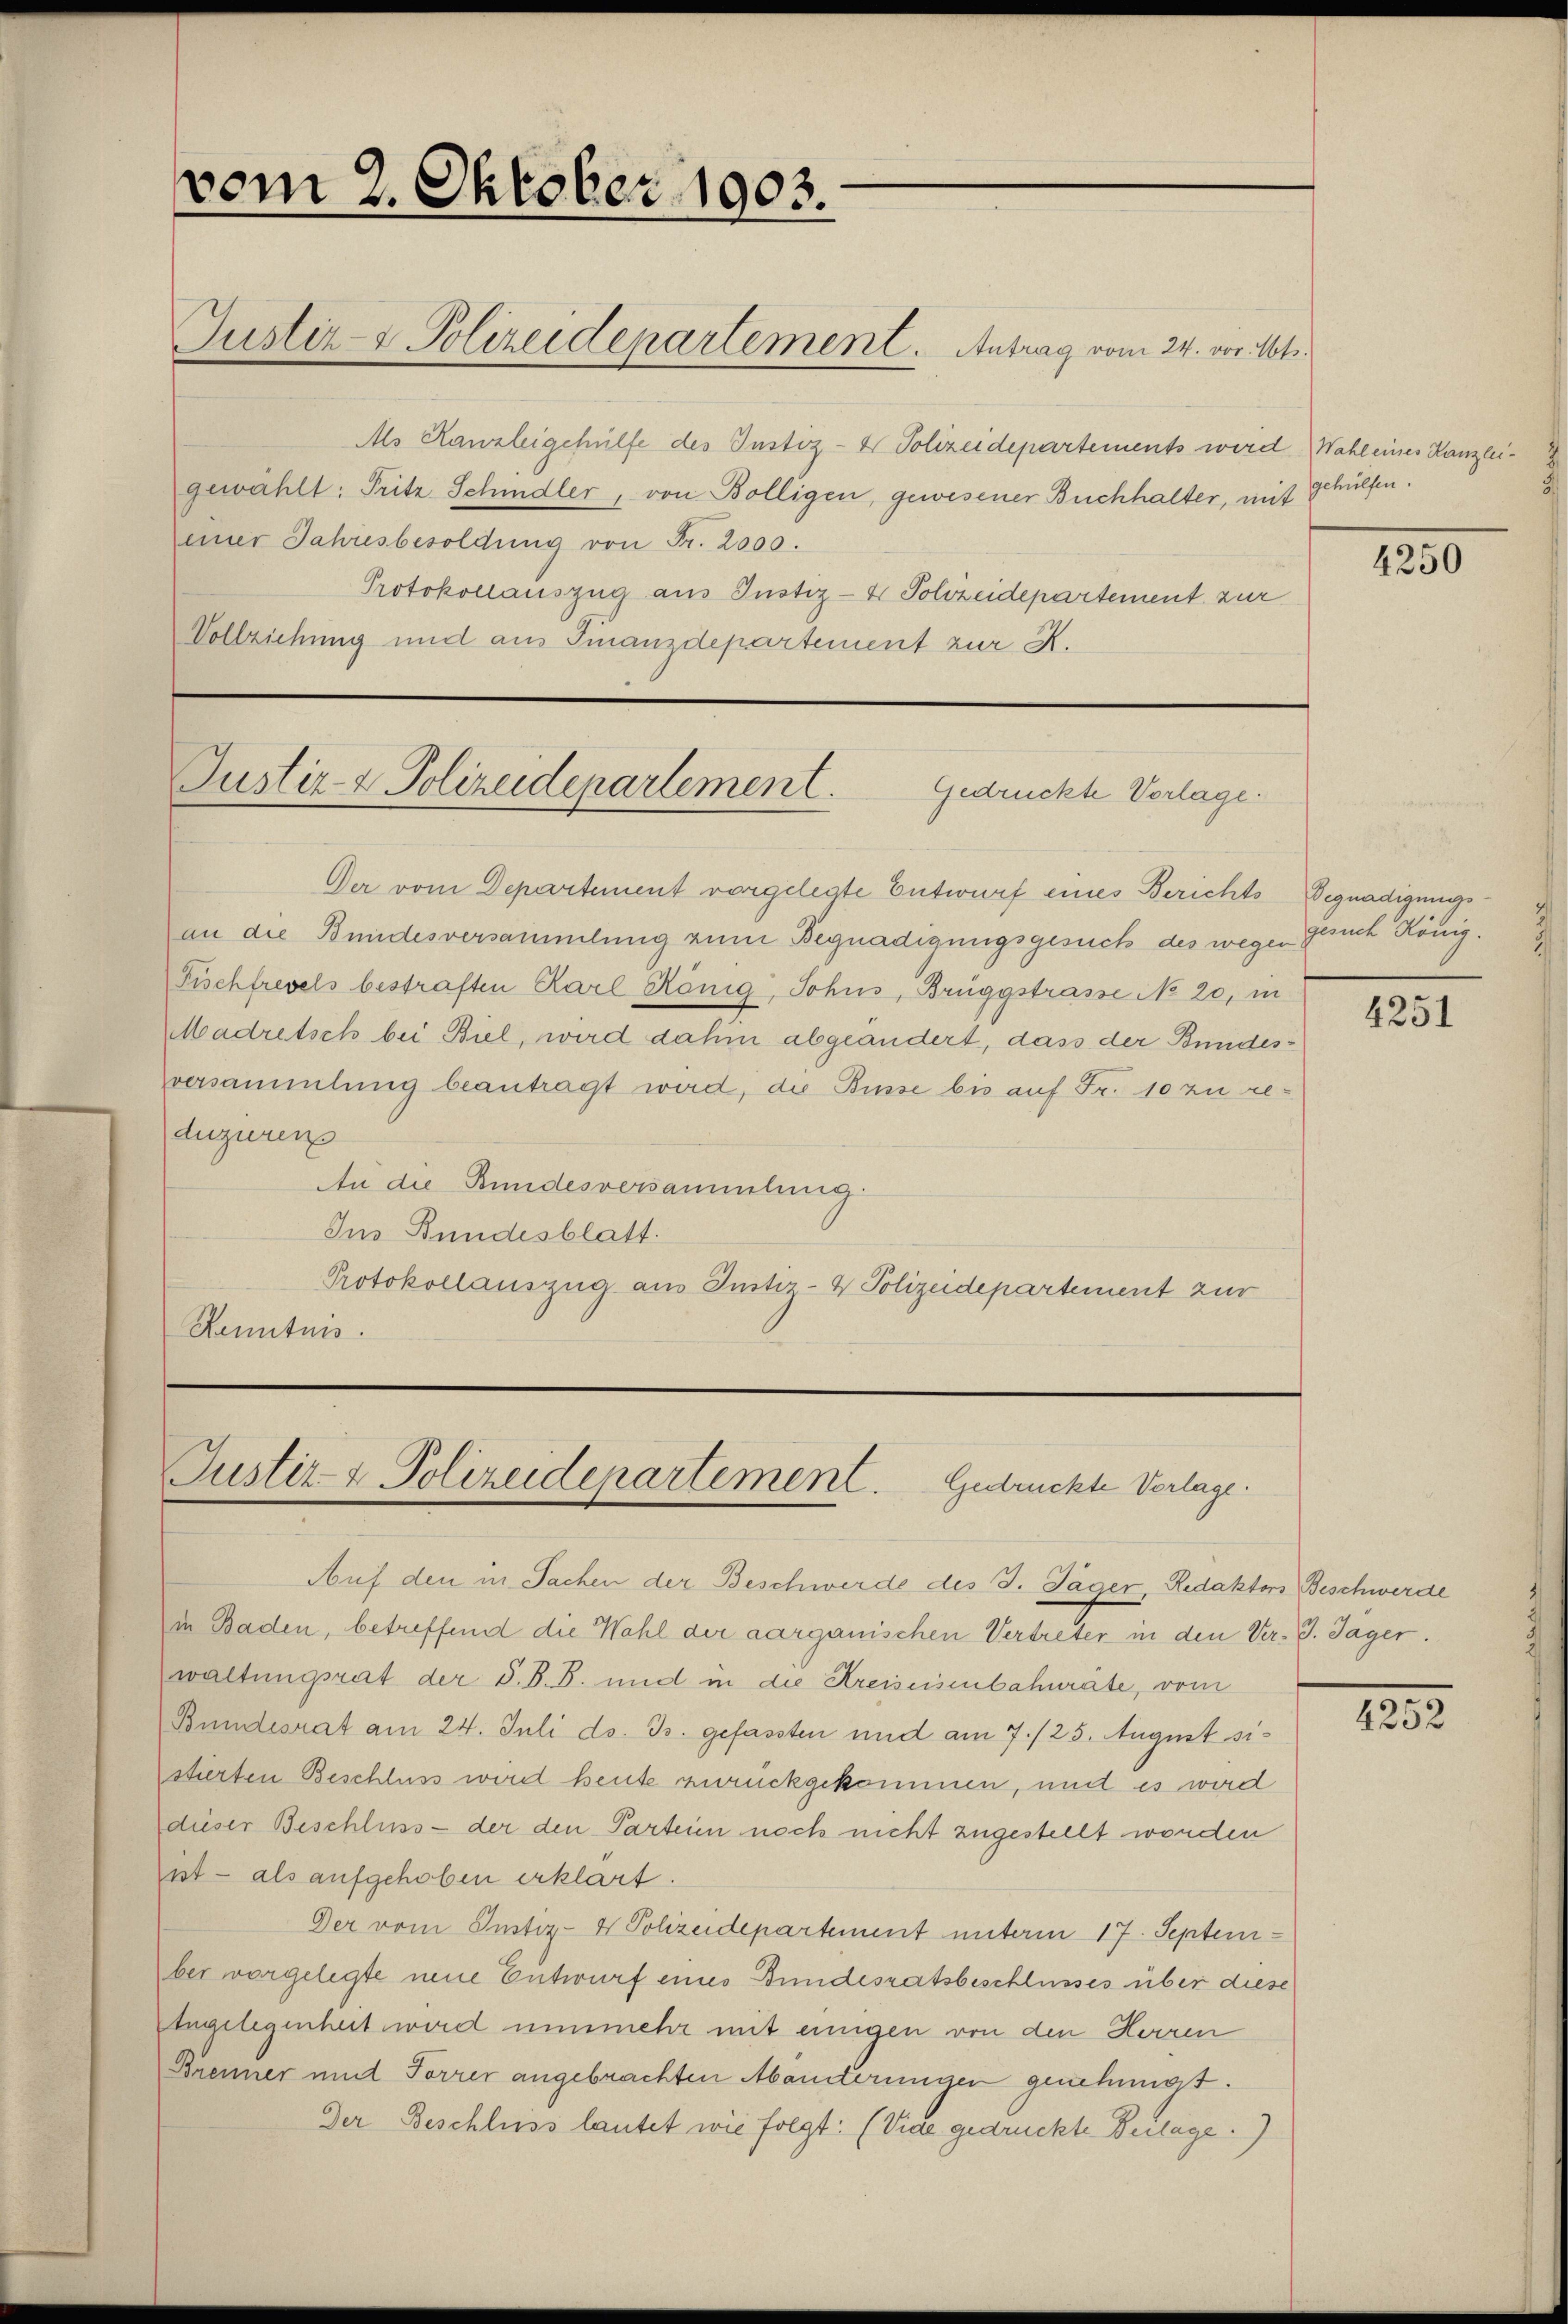
vom 2. Oktober 1903.
Justiz- & Polizeidepartement. Antrag vom 24. vor. Mts.

Als Kanzleigehülfe des Justiz- & Polizeidepartements werd.) Wahl eines Kanzleigewählt: Pritz Schmidler, von Bölligen, gewesener Buchhalter, mit
einer Jahresbesoldung von Fr. 2000.
Protokollauszug aus Justiz- & Polizeidepartement zur
Vollziehung und aus Finanzdepartement zur K.

Justiz- & Polizeidepartement.
Gedrückte Vorlage.

Justiz- & Polizeidepartement. Gedrückte Verlage.

Der vom Departement vorgelegte Entwurf eines Berichts Begnadigungsan die Bundesversammlung zum Begnadigungsgesuch des wege gesuch König¬
Fischfrevels bestraften Karl König, Sohns, Brüggstrasse No 20, in
Madretsch bei Biel, wird dahin abgeändert, dass der Bundesversammlung beantragt wird, die Busse bis auf Fr. 10 zu reduziren
An die Bundesversammlung.
Ins Bundesblatt.
Protokollauszug aus Justiz- & Polizeidepartement zur
Renntnis.

Auf den in Sachen der Beschwerde des J. Jäger, Redaktors Beschwerde
in Baden, betreffend die Wahl der aarganischen Vertreter in den Ver- J. Jäger.
waltungsrat der S. B. S. und in die Kreiseisenbahnräte, vom
Bundesrat am 24. Juli ds. Js. gefassten und am 7./25. August sistierten Beschluss wird heute zurückgekommen, und es wird
dieser Beschluss - der den Parteien noch nicht zugestellt worden
ist — als aufgehoben erklärt.
Der vom Justiz- & Polizeidepartement unterm 17. September vorgelegte neue Entwurf eines Bundesratsbeschlusses über diese
Angelegenheit wird nunmehr mit einigen von den Herren
Brenner und Forrer angebrachten Manterungen genehmst.
Der Beschluss lautet wie folgt: (Vide gedruckte Beilage.)

gehülfen.

4250

4251

1232.